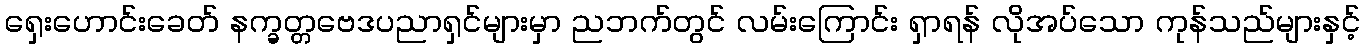
ရှေးဟောင်းခေတ် နက္ခတ္တဗေဒပညာရှင်များမှာ ညဘက်တွင် လမ်းကြောင်း ရှာရန် လိုအပ်သော ကုန်သည်များနှင့်